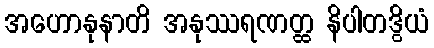
အဟောနုနာတိ အနုဿရဏတ္ထ နိပါတဒွိယံ